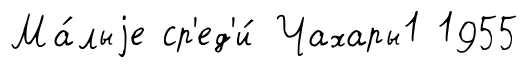
Ма́лыjе ср'ед'и́ Чахары1 1955